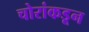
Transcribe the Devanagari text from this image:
चोरांकडून